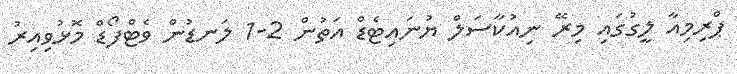
ޕްރިމިއާ ލީގުގައި މިރޭ ނިއުކާސަލް ޔުނައިޓެޑް އަތުން 2-1 ލަނޑުން ވެޓްފޯޑް މޮޅުވިއިރު